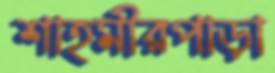
শাহমীরপাড়া